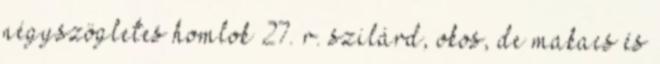
négyszögletes homlok 27. r. szilárd, okos, de makacs és